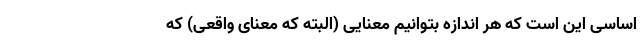
اساسی این است که هر اندازه بتوانیم معنایی (البته که معنای واقعی) که